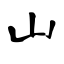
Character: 山